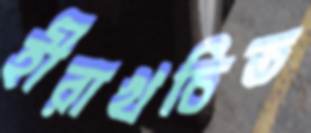
হীরাখচিত